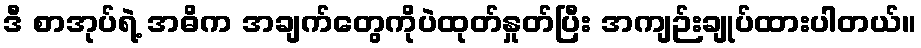
ဒီ စာအုပ်ရဲ့ အဓိက အချက်တွေကိုပဲထုတ်နှုတ်ပြီး အကျဉ်းချုပ်ထားပါတယ်။